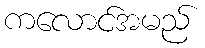
ကလောင်အမည်